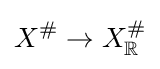
X^{\#}\to X_{\mathbb {R} }^{\#}